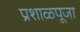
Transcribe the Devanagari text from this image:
प्रशाळपूजा